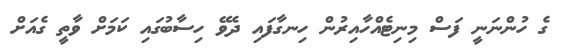
ގެ ހުންނަނީ ފަސް މިނިޓެއްހާއިރުން ހިނގާފައި ދެވޭ ހިސާބުގައި ކަމަށް ވާތީ ގެއަށް